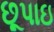
છૂપાઇ